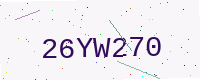
Text: 26YW270